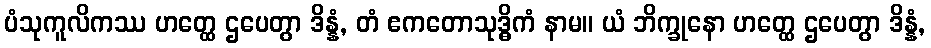
ပံသုကူလိကဿ ဟတ္ထေ ဌပေတွာ ဒိန္နံ, တံ ဧကတောသုဒ္ဓိကံ နာမ။ ယံ ဘိက္ခုနော ဟတ္ထေ ဌပေတွာ ဒိန္နံ,